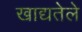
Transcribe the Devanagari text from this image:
खाद्यतेले